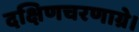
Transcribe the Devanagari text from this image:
दक्षिणचरणाग्रे।